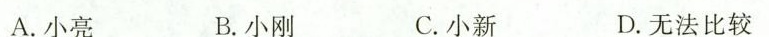
A.小亮 B.小刚 C.小新 D.无法比较